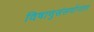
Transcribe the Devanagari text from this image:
विषाणुसंसर्गानंतर